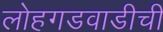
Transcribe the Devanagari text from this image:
लोहगडवाडीची